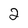
Character: 2